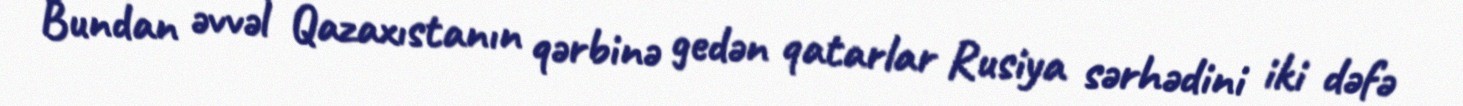
Bundan əvvəl Qazaxıstanın qərbinə gedən qatarlar Rusiya sərhədini iki dəfə